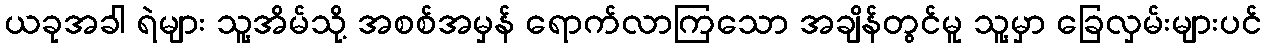
ယခုအခါ ရဲများ သူ့အိမ်သို့ အစစ်အမှန် ရောက်လာကြသော အချိန်တွင်မူ သူ့မှာ ခြေလှမ်းများပင်